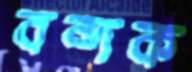
বন্দক